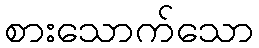
စားသောက်သော